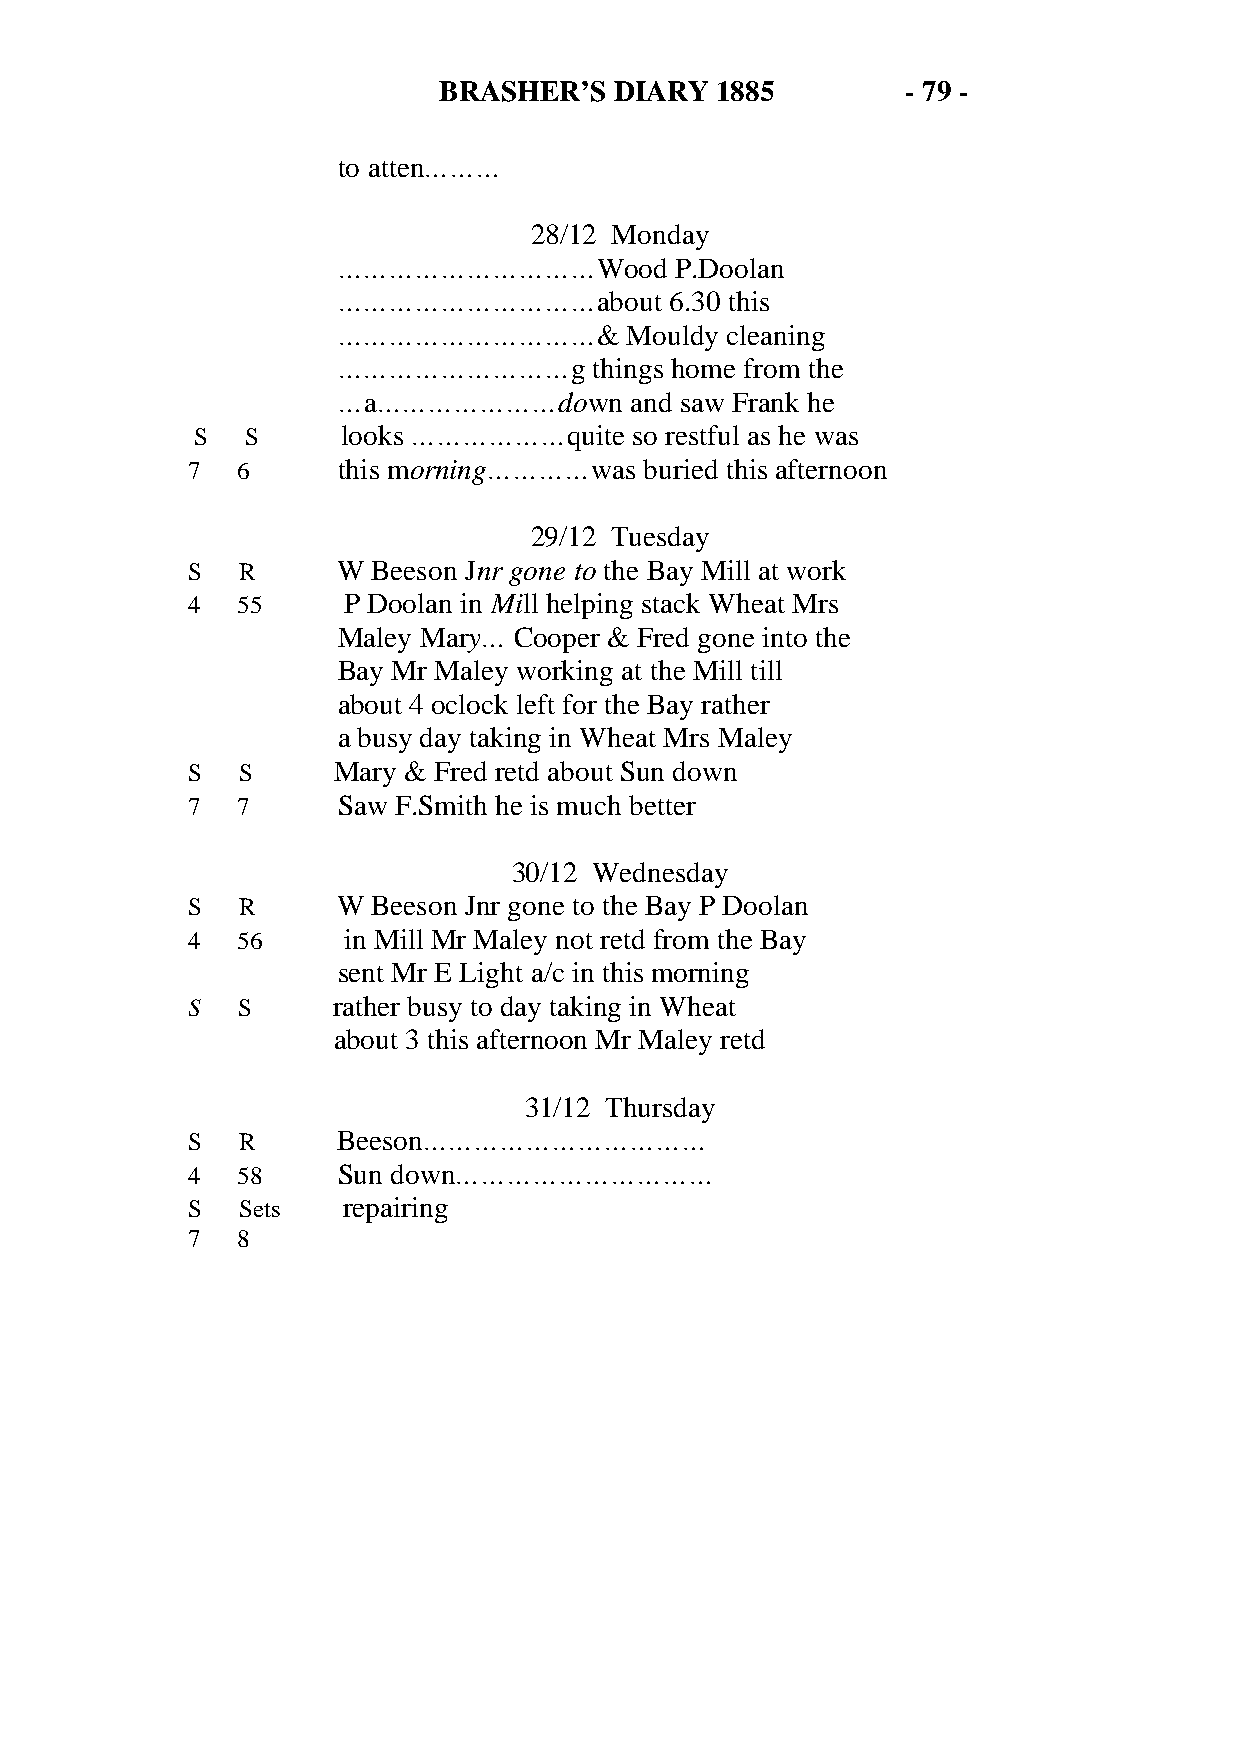
BRASHER’S   DIARY 1885         - 79 -
 to atten………
 28/12 Monday
 …………………………Wood         P.Doolan
 …………………………about       6.30 this
 …………………………&        Mouldy cleaning
 ………………………g       things home from the
 …a…………………down       and saw Frank he
 S  S      looks ………………quite  so restful as he was
 7   6     this morning…………was  buried this afternoon
 29/12 Tuesday
 S   R     W  Beeson Jnr gone to the Bay Mill at work
 4   55     P Doolan in Mill helping stack Wheat Mrs
 Maley Mary… Cooper & Fred gone into the
 Bay Mr Maley working at the Mill till
 about 4 oclock left for the Bay rather
 a busy day taking in Wheat Mrs Maley
 S   S     Mary & Fred retd about Sun down
 7   7     Saw F.Smith he is much better
 30/12 Wednesday
 S   R     W  Beeson Jnr gone to the Bay P Doolan
 4   56     in Mill Mr Maley not retd from the Bay
 sent Mr E Light a/c in this morning
 S   S     rather busy to day taking in Wheat
 about 3 this afternoon Mr Maley retd
 31/12 Thursday
 S   R     Beeson……………………………
 4   58    Sun down…………………………
 S   Sets   repairing
 7   8